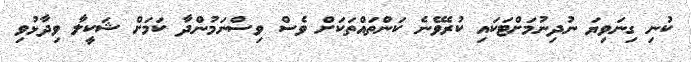
ކުނި ގިނަވިޔަ ނުދިނުމަށްޓަކައި ކުރެވޭނެ ކަންތައްތަކަށް ވެސް ވިސްނަމުންދާ ކަމަށް ޝަކީލާ ވިދާޅުވި